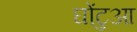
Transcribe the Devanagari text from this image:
घोंटुआ